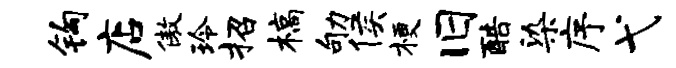
钩店傲玲招槁劬侯梗旧酷染序弋